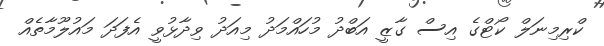
ކްރިމިނަލް ކޯޓްގެ އިސް ގާޒީ އަބްދު މުހައްމަދު މިއަދު ވިދާޅުވީ އެފަދަ މައުލޫމާތެއް